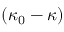
( \kappa _ { 0 } - \kappa )